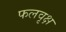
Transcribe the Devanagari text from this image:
फलवृक्ष